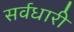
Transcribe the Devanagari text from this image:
सर्वधारी